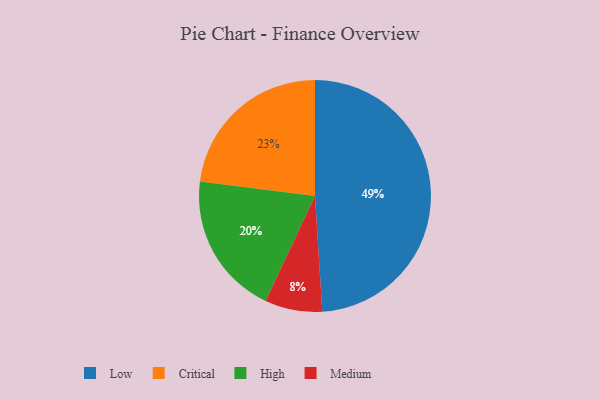
{"axis": {"x": "Category", "y": "Percentage"}, "legend": ["Critical", "High", "Low", "Medium"], "data": [{"x": "High", "y": 20, "type": "High"}, {"x": "Low", "y": 49, "type": "Low"}, {"x": "Medium", "y": 8, "type": "Medium"}, {"x": "Critical", "y": 23, "type": "Critical"}]}